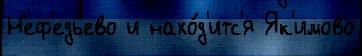
Н'еф'едьево и нахо́д'итс'я Як'имово